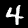
Digit: 4